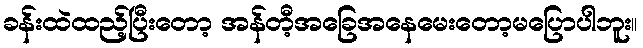
ခန်းထဲထည့်ပြီးတော့ အန်တီ့အခြေအနေမေးတော့မပြောပါဘူး။